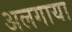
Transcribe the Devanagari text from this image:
अलगाया